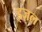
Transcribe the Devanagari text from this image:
इज़ल